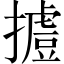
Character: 𢶐